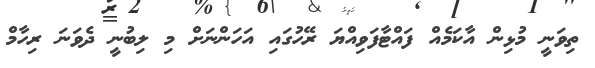
ތިވަނީ މުޅިން އާކަމެއް ފައްޓާފަވިއްޔަ ރޭހުގައި އަހަންނަށް މި ލިބުނީ ދެވަނަ ރިހާމް